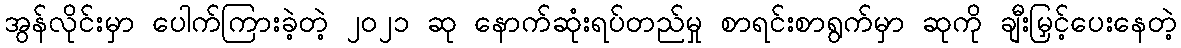
အွန်လိုင်းမှာ ပေါက်ကြားခဲ့တဲ့ ၂၀၂၁ ဆု နောက်ဆုံးရပ်တည်မှု စာရင်းစာရွက်မှာ ဆုကို ချီးမြှင့်ပေးနေတဲ့